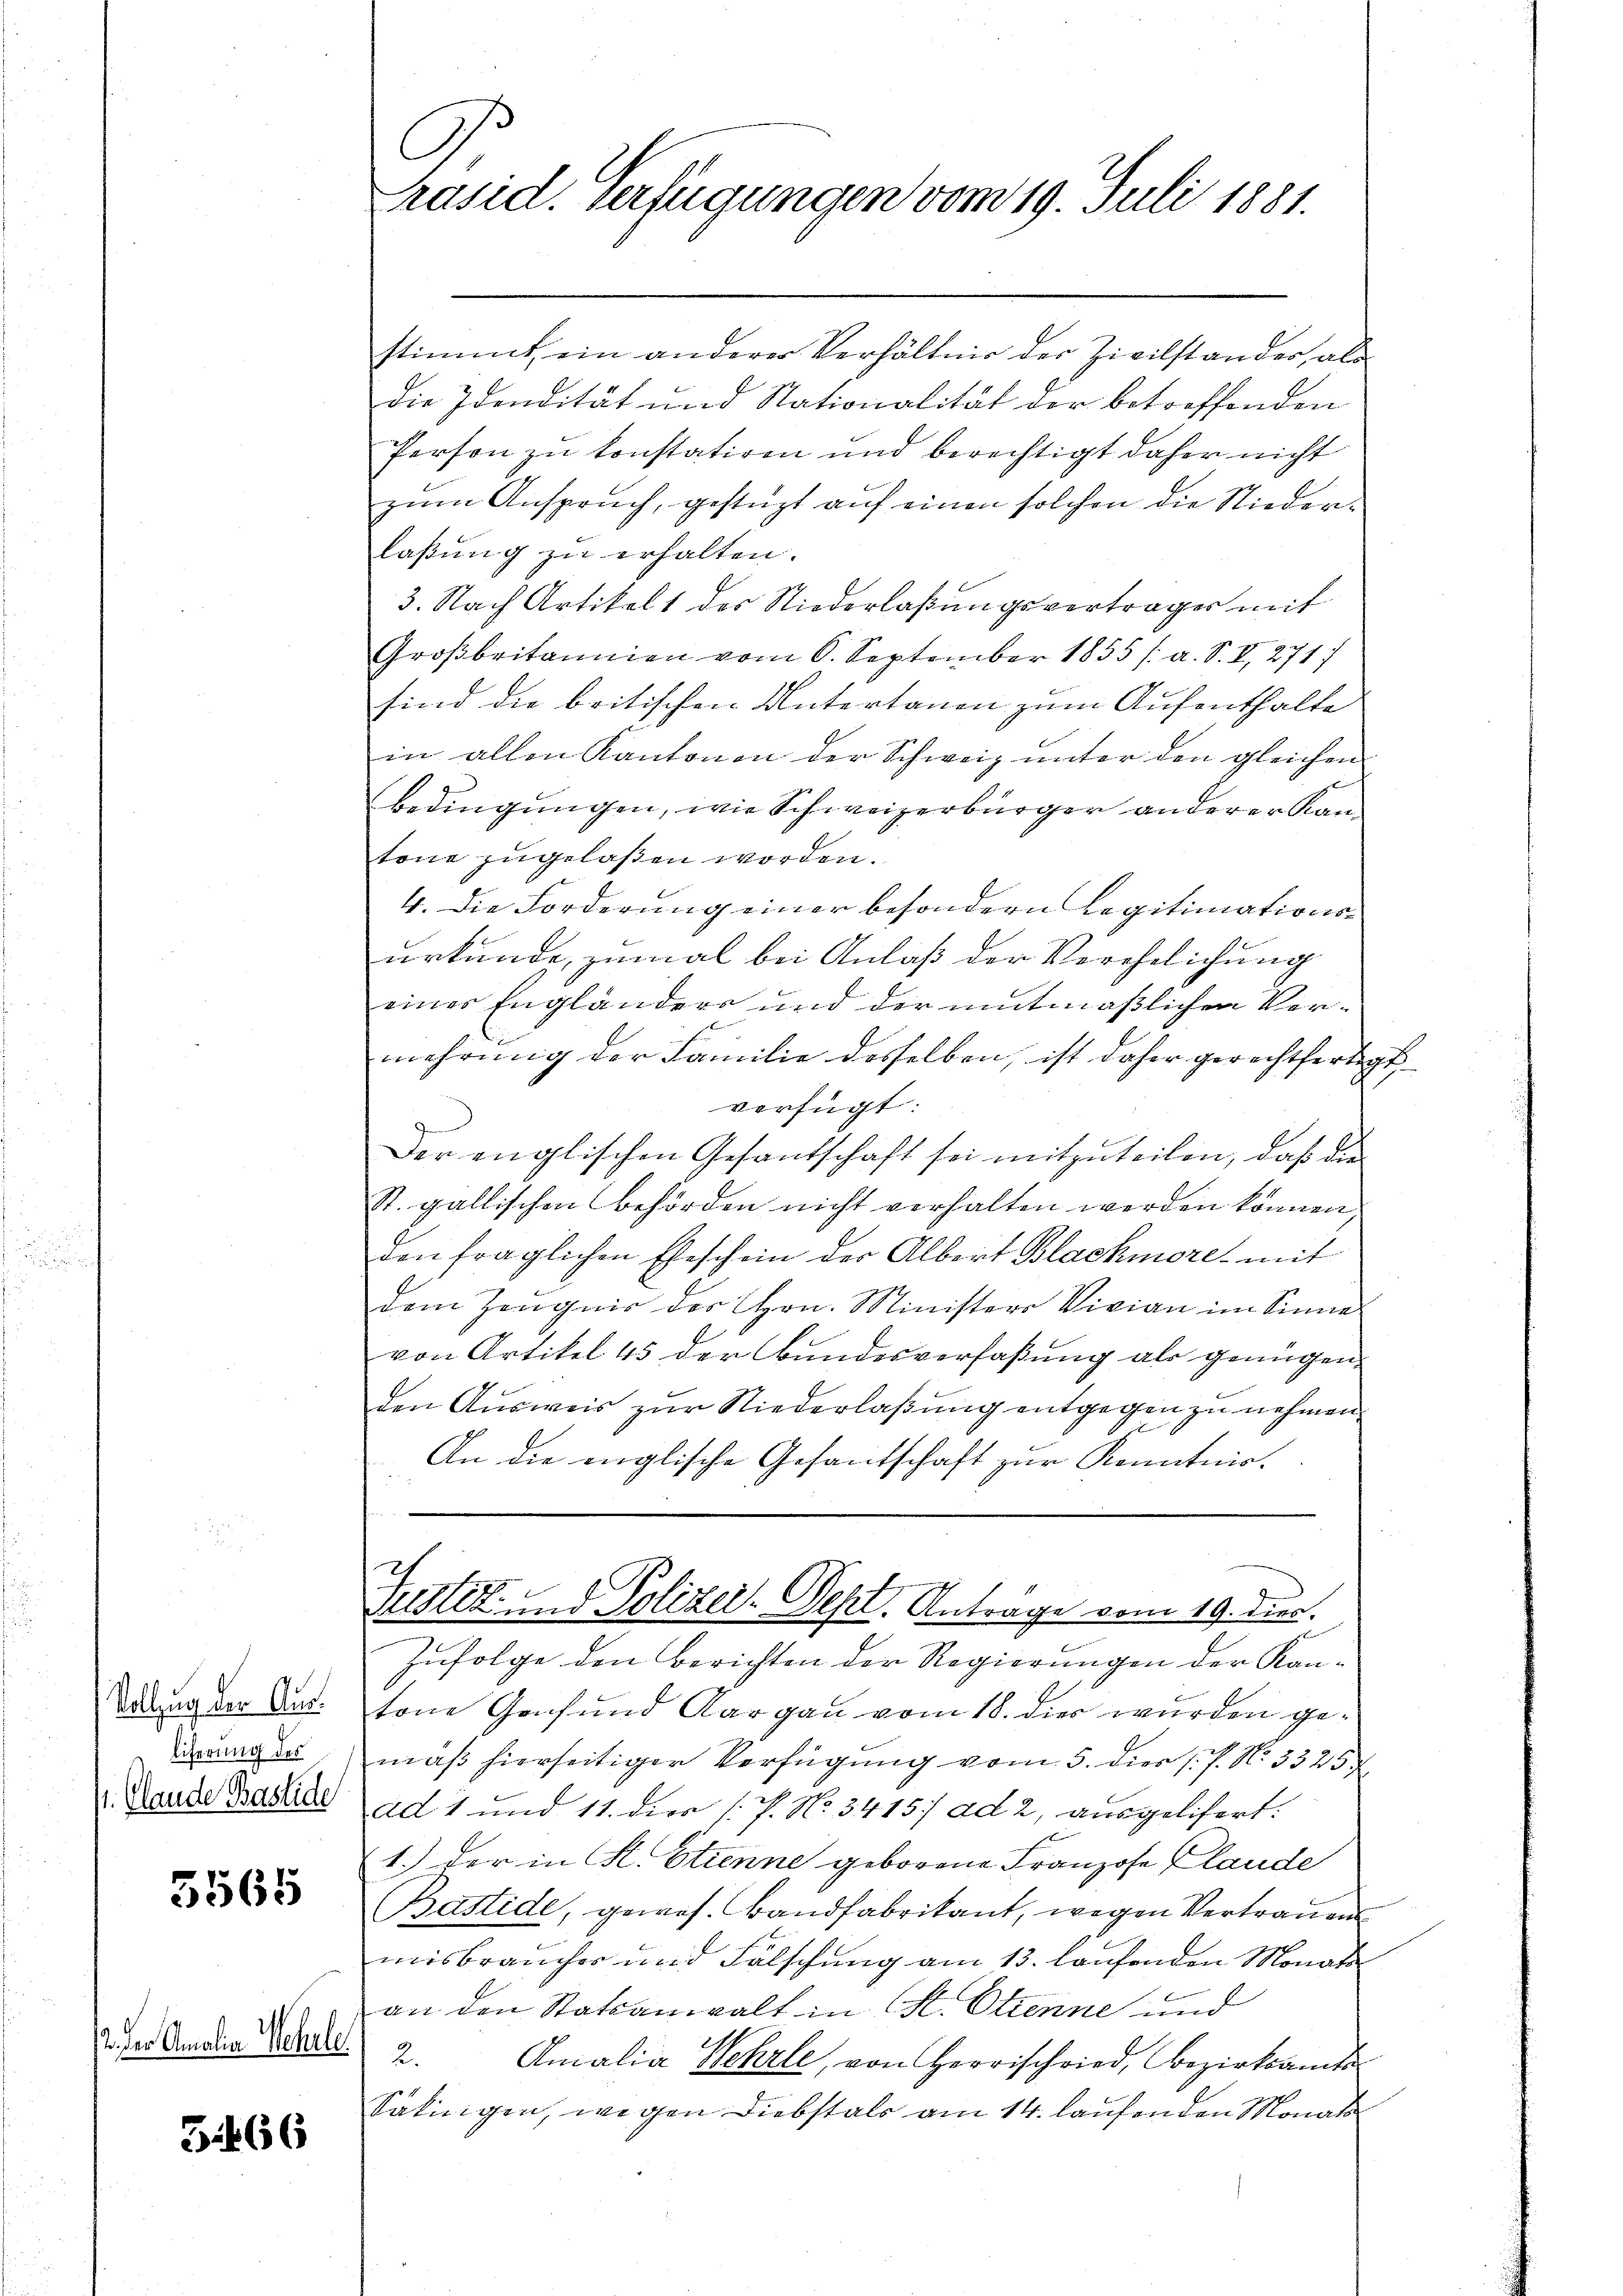
Vollzug der Ausliferung des
/1. Olande Baslide

5565

12. Der Amalia Wehrle.

51466

C
Präsid. Verfügungen vom 19. Juli 1881.

stimmt, ein anderer Verhältnis der Zivilstandes, als
die Idendität und Nationalität der betreffenden
Person zu konstatiren und berechtigt daher nicht
zum Anspruch, gestüzt auf einen solchen die Niederlaßung zu erhalten.
3. Nach Artikelt des Niederlaßungsvertrages mit
Großbritannien vom 6. September 1855 /: a. S. I, 2717
sind die britischen Untertanen zum Aufenthalte
in allen Kantonen der Schweiz unter den gleichen
bedingungen, wie Schweizerbürger anderer Kantone zugelassen worden.
4. Die Forderung einer besondern Legitimationsurkunde, zumal bei Anlaß der Verehelichung
eines Engländers und der mitmaßlichen Ver¬
E
mehrung der Familie desselben, ist daher gerechtfertigt,
verfügt:
Der englischen Gesantschaft sei mitzŭteilen, daß die
St. gallischen Behörden nicht verhalten werden können,
den fraglichen Eheschein der Albert Blachmore, mit
dem Zeugnis der Hrn. Ministers Vivian im Sinne
von Artikel 45 der Bundesverfaßung als genügen,
den Ausweis zur Niederlaßung entgegen zu nehmen.
An die englische Gesantschaft zur Kenntnis.
Justiz- und Polizei-Dept. Anträge vom 19. ds.
Infolge den Berichten der Regierungen der Kantone Genf und Aargau vom 18. dies wurden gemaß hierseitiger Verfügung vom 5. dies P. N. 3326
ad 1 und 11. dies P. No. 3415/ ad 2, ausgelifert.
1.) der in H. Etienne geborene Franzose Claude
Bastide, gewes. Bandfabrikant, wegen Vertrauens
misbraucher und Fälschung am 13. laufenden Monats
an den Statsanwalt in H. Etienne und
2.
Amalia Wehrle, von Herrschried, Bezirksamts
Säkinigen, wegen Diebstals am 14. laufenden Monats